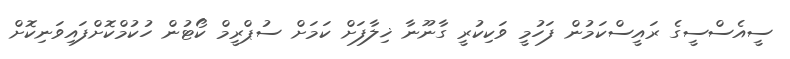
ސީއެސްސީގެ ރައީސްކަމުން ފަހުމީ ވަކިކުރީ ގާނޫނާ ޚިލާފަށް ކަމަށް ސުޕްރީމް ކޯޓުން ހުކުމްކޮށްފައިވަނިކޮށް